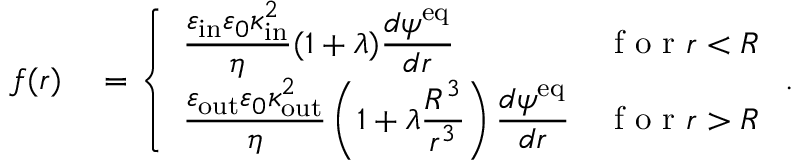
\begin{array} { r l } { f ( r ) } & { { } = \left\{ \begin{array} { l l } { \displaystyle \frac { \varepsilon _ { \mathrm { i n } } \varepsilon _ { 0 } \kappa _ { \mathrm { i n } } ^ { 2 } } { \eta } ( 1 + \lambda ) \frac { d \psi ^ { \mathrm { e q } } } { d r } } & { \textrm { f o r } r < R } \\ { \displaystyle \frac { \varepsilon _ { \mathrm { o u t } } \varepsilon _ { 0 } \kappa _ { \mathrm { o u t } } ^ { 2 } } { \eta } \left( 1 + \lambda \frac { R ^ { 3 } } { r ^ { 3 } } \right) \frac { d \psi ^ { \mathrm { e q } } } { d r } } & { \textrm { f o r } r > R } \end{array} \right. . } \end{array}